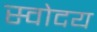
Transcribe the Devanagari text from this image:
स्वोदय